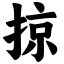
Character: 掠